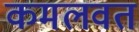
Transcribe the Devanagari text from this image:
कमलवत